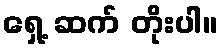
ရှေ့ ဆက် တိုးပါ။